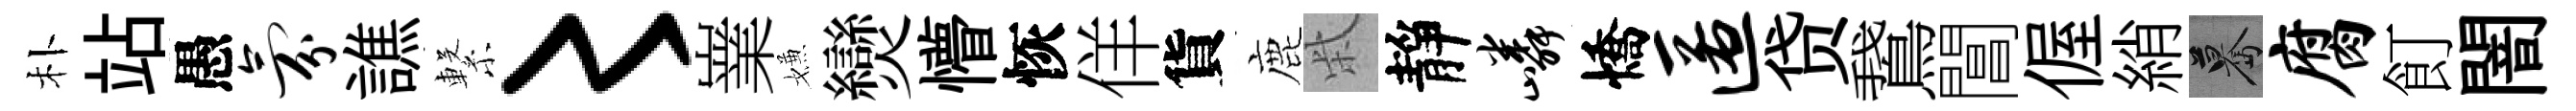
朴站愚氛譙繋〻嶪嫌𤓖懵恢佯貨鹿柴靜嶙憍匿贷鵞閶偓綃驀腐飣闇